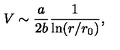
V \sim { \frac { a } { 2 b } } { \frac { 1 } { \mathrm { l n } ( r / r _ { 0 } ) } } ,